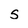
Character: S